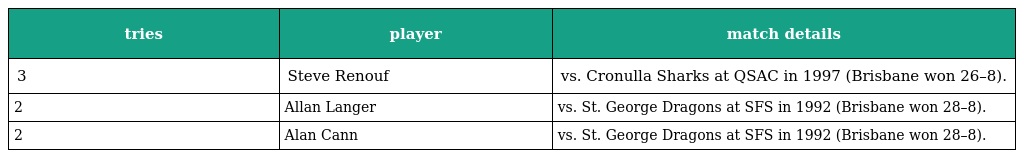
| tries | player | match details |
 | --- | --- | --- |
 | 3 | Steve Renouf | vs. Cronulla Sharks at QSAC in 1997 (Brisbane won 26–8). |
 | 2 | Allan Langer | vs. St. George Dragons at SFS in 1992 (Brisbane won 28–8). |
 | 2 | Alan Cann | vs. St. George Dragons at SFS in 1992 (Brisbane won 28–8). |